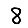
Digit: 8